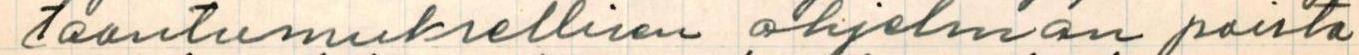
taantumuksellisen ohjelman poista